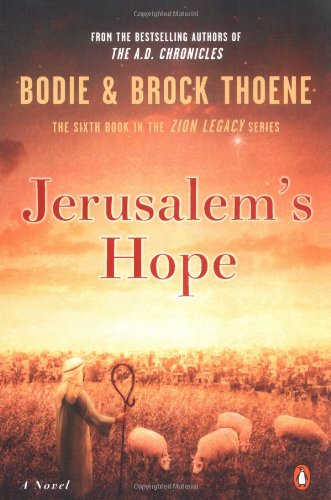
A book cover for Jerusalem's Hope (Zion Legacy); Brock Thoene; Religion & Spirituality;